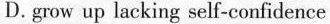
D. grow up lacking self-confidence